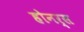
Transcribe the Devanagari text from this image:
होनर्स